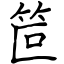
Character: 笸